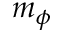
m _ { \phi }